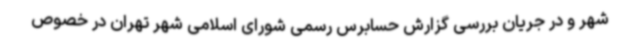
شهر و در جریان بررسی گزارش حسابرس رسمی شورای اسلامی شهر تهران در خصوص